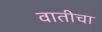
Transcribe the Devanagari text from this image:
वातीचा